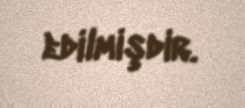
edilmişdir.